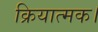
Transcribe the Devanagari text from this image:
क्रियात्मक।